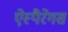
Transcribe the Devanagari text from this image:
ऐस्पैरेगस